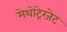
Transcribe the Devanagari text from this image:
मेथोट्रेग्जेट